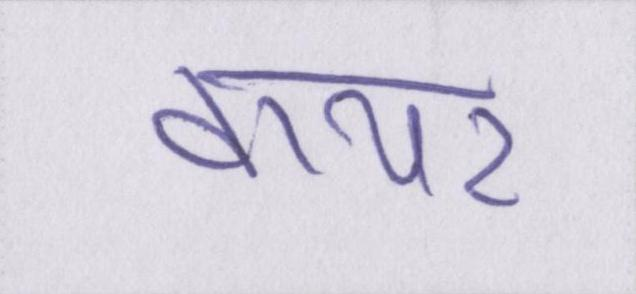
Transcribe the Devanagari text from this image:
वायर